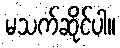
မသက်ဆိုင်ပါ။